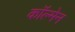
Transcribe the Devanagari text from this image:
काॅल्मेन